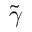
\tilde { \gamma }